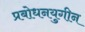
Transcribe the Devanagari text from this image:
प्रबोधनयुगीन